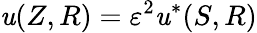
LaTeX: \mathit{u}(Z,R)=\varepsilon^{2}\mathit{u}^{*}(S,R)